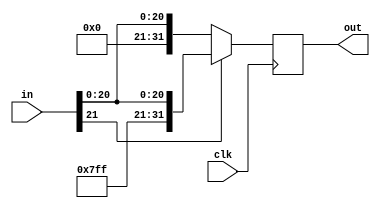
`timescale 1ns / 1ps
//////////////////////////////////////////////////////////////////////////////////
// Company: 
// Engineer: 
// 
// Design Name: 
// Module Name: sign_extender
// Project Name: 
// Target Devices: 
// Tool Versions: 
// Description: 
// 
// Dependencies: 
// 
// Revision:
// Revision 0.01 - File Created
// Additional Comments:
// 
//////////////////////////////////////////////////////////////////////////////////


module sign_extender(
    in, out, clk
    );
    input clk;
    input [21:0] in;
    output reg [31:0] out;
    
    always @(negedge clk) begin
        if (in[21] == 0) begin
            out = {10'b0000000000, in};
        end
        else begin
            out = {10'b1111111111, in};
        end
    end
endmodule